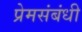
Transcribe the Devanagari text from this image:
प्रेमसंबंधी